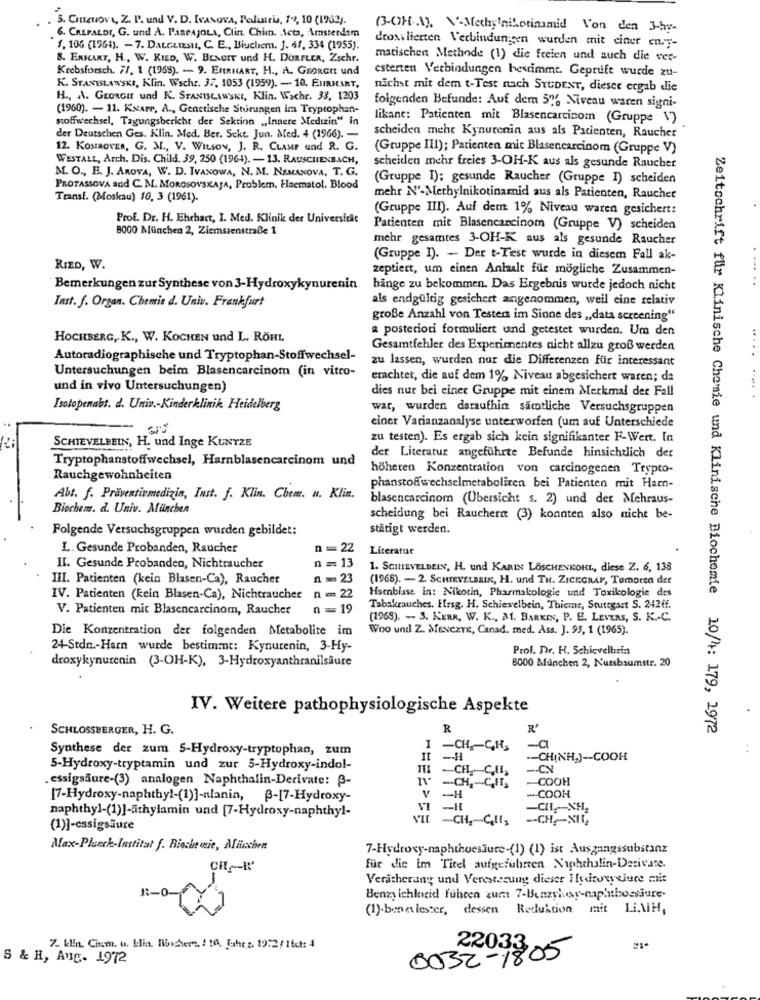
3. CHILETONA, Z. P. und V. D. IvANOVA, Pediacia, 79, 10 (1982).
(3-OH-A), \'-Methylnikotinamid Von den 3-hy-
6. CREPALDI, G. und A. PARPAJOLI, Clin. Chim. Acta, Amsterdam
droxilierten Verbindungen wurden mit einer eny-
1. 106 (1964). - 7. DALGLIESII, C. E ., Biuchem. J. 6f. 334 (1955).
8. ERKART, H ., W. KIED, W. BENOIT und H. DORFLER, Zschr.
matischen Methode (1) die freien und auch die ver-
Krebsforsch. 71. 1 (1968). - 9. EARHART, H ., A. GEORGE und
esterten Verbindungen bestimmt. Geprufe wurde zu-
K. STANISLAWSKI, Klin. Wschr. 37, 1053 (1959). - 10. EURHART,
nächst mit dem t-Test nach STUDENT, dieser ergab die
H ., A. GEORGIE und K. STANISLAWSKI, Klin. Woche. 38, 1203
(1960). - 11. KNAPP, A ., Genetische Sturungen im Tryptophan-
folgenden Befunde: Auf dem 5%6 Niveau waren signi-
stoffwechsel, Tagungsbericht der Sektion „,Innere Medizin" in
likant: Patienten mit Blasencarcicom (Gruppe 1)
der Deutschen Ges. Klin. Med. Ber. Sekt. Jun. Med. 4 (1966). -
scheiden mehr Kynurenin aus als Pacienten, Raucher
12. KOMROVER, G. M ., V. WILSON, J. R. CLAMP und R. G.
(Gruppe III); Patienten mit Blasencarcinom (Gruppe V)
WESTALL, Arch. Dis. Child. 39, 250 (1964). - 13. RAUSCHENBACH,
M. O ., E. J. AROVA, W. D. IVANOWA, N. M. NEMANOVA, T. G.
scheiden mehr freies 3-OH-K aus als gesunde Raucher
(Gruppe I); gesunde Raucher (Gruppe I) scheiden
PROTASSOVA and C. M. MOROSOVSKAJA, Problem. Einematot. Blood
Transf. (Moskau) 10, 3 (1961).
mehr N'-Methylnikotinamid aus als Patienten, Raucher
(Gruppe III). Auf dem 1% Niveau waren gesichert:
Prof. Dr. H. Ehchart, I. Med. Klinik der Universität
8000 München 2, Ziemssenstraße 1
Patienten mit Blasencarcinom (Gruppe V) scheiden
mehr gesamtes 3-OH-K aus als gesunde Raucher
(Gruppe I). - Der t-Test wurde in diesem Fall ak-
RIED, W.
zeptiect, um einen Anhalt für mögliche Zusammen-
Bemerkungen zur Synthese von 3-Hydroxykynurenin
hange zu bekommen. Das Ergebnis wurde jedoch nicht
als endgültig gesichert angenommen, weil eine relativ
Inst. f. Organ. Chemie d. Univ. Frankfurt
große Anzahl von Testen im Sione des ,, data screening“
a posteriori formuliert und getestet wurden. Um den
HOCHBERG, K ., W. KOCHEN und L, RÖHL
Gesamtfehler des Experimentes nicht allzu groß werden
Autoradiographische und Tryptophan-Stoffwechsel-
zu lassen, wurden nur die Differenzen für interessant
Untersuchungen beim Blasencarcinom (in vitro-
erachtet, die auf dem 1% Niveau abgesichert waren; da
und in vivo Untersuchungen)
dies nur bei einer Gruppe mit einem Merkmal der Fall
Isotopenabt. d. Univ .- Kinderklinik Heidelberg
war, wurden daraufhin sämtliche Versuchsgruppen
einer Varianzanalyse unterworfen (um auf Unterschiede
zu testen). Es ergab sich kein signifikanter F-Wert. In
SCHIEVELBEIN, H. und Inge KUNTZE
Tryptophanstoffwechsel, Harnblasencarcinom und
der Literatur angeführte Befunde hinsichtlich der
höheren Konzentration von carcinogenen Trypto-
Rauchgewohnheiten
phanstoffwechselmetaboliren bei Patienten mit Ham-
Abt. f. Präventivmedizin, Inst. f. Klin. Chem. N. Klin.
blasencarcinom (Übersicht s. 2) und der Mehraus-
Biochem. d. Univ. München
scheidung bei Rauchern (3) konnten also nicht be-
Folgende Versuchsgruppen wurden gebildet:
stätigt werden.
L. Gesunde Probanden, Raucher
n =22
Literatur
n = 13
II. Gesunde Probanden, Nichtraucher
1. SCHIEVELDEIN, H. und KARIN LÖSCHENKOHL, diese Z. 6, 138
III. Patienten (kein Blasen-Ca), Raucher
n =23
(1968). - 2 SCHIEVELEMIK, H. und TH. ZICEGRAP, Tumoren det
Haenblase in: Nikotin, Pharmakologie und Toxikologie des
IV. Patienten (kein Blasen-Ca), Nichtraucher
n == 22
V. Patienten mit Blasencarcinom, Raucher
n=19
Tabakrauches. Hrsg. H. Schievelbein, Thieme, Stuttgart S. 242ff.
(1968). - 3. KERR, W. K ., A. BARKIN, P. E. LEVERS, S. K .- C.
Die Konzentration der folgenden Metabolite im
Woo und Z. MENCZYK, Canad. med. Ass. J. 93, 1 (1965).
24-Stdn .- Harn wurde bestimmt: Kynurenin, 3-Hy-
Prof. Dr. H. Schicvelbrin
droxykynurenin (3-OH-K), 3-Hydroxyanthranilsäure
6000 Munchen 2, Nussbaumstr. 20
IV. Weitere pathophysiologische Aspekte
SCHLOSSBERGER, H. G.
R
R'
Zeitschrift für Klinische Chemie und Klinische Biochemie 10/4: 179, 1972
Synthese der zum 5-Hydroxy-tryptophan, zum
I -CH2-GH,
-a
II -- H
.- CH(NH) -- COOH
5-Hydroxy-tryptamin und zur 5-Hydroxy-indol-
.essigsäure-(3) analogen Naphthalin-Derivate: 3-
IV -CH ,- CHI,
TH -CH-GEL
COOH
[7-Hydroxy-naphthyl-(1)]-alanin, p-[7-Hydroxy-
-H
-COOH
VI -H
naphthyl-(1)]-thylamin und [7-Hydroxy-naphthyl-
VIE -CH, CUI,
-CH -- NIE
(1)]-essigsäure
Max-Planck-Institut f. Biocine wie, Mischen
7-Hydroxy-naphthoesäure-(1) (1) ist Ausgangssubstanz
für die im Titel aufgeführten Niphthalin-Derivate.
Veratherang und Veresterung dieser Hydroxysjuce mie
1-0-
Benzy lchlorid führen zum 7-Benzyhey-naphthocsäure.
(1)-benelester, dessen Reduktion mit LiAH,
7. kln. Citm. u. Hlin. Bossherz ! ! 0, Juhez. 19:2/ 1fc: 4
S & H, Avg- 1972
0032 - 1805